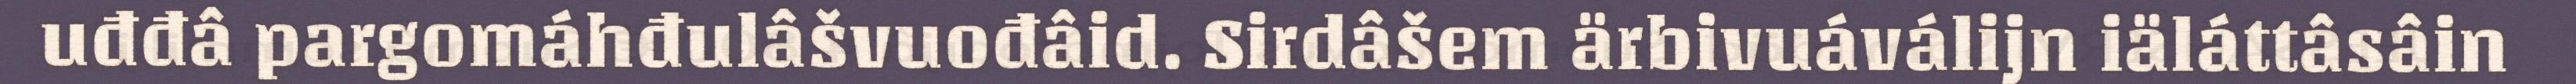
uđđâ pargomáhđulâšvuođâid. Sirdâšem ärbivuáválijn iäláttâsâin